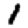
Digit: 1